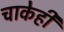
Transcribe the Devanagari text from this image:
चाकेही